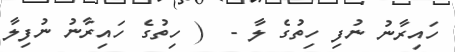
ހައިރާނު ނުފި ހިތުގެ ލާ -  ( ހިތުގެ ހައިރާނު ނުފިލާ